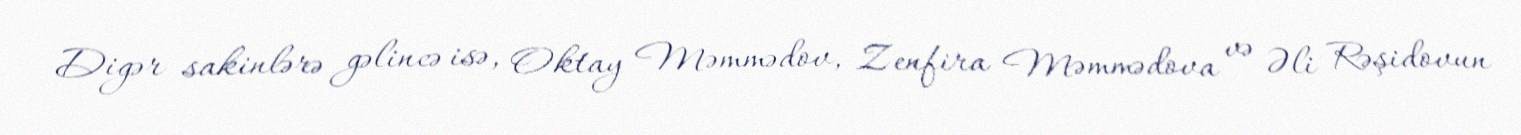
Digər sakinlərə gəlincə isə, Oktay Məmmədov, Zenfira Məmmədova və Əli Rəşidovun